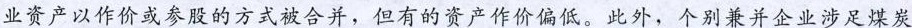
业资产以作价或参股的方式被合并，但有的资产作价偏低。此外，个别兼并企业涉足煤炭